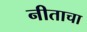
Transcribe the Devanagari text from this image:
नीताचा